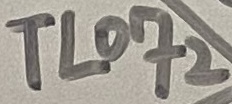
Text: TL072